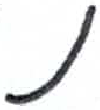
אות: נ